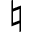
\natural